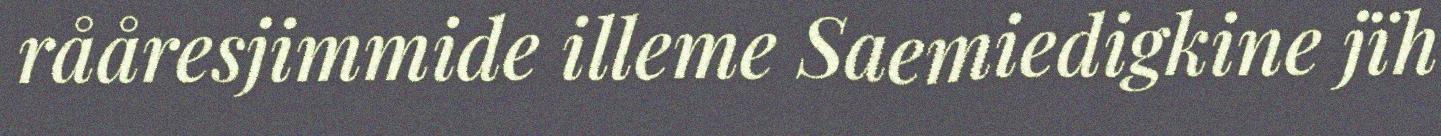
rååresjimmide illeme Saemiedigkine jïh